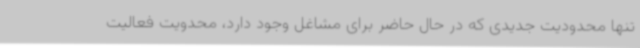
تنها محدودیت جدیدی که در حال حاضر برای مشاغل وجود دارد، محدویت فعالیت